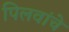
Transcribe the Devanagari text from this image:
पिलवांचे